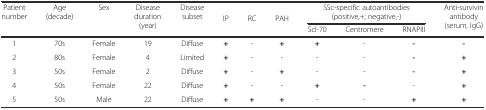
| <ROWSPAN=2> Patient number | <ROWSPAN=2> Age (decade) | <ROWSPAN=2> Sex | <ROWSPAN=2> Disease duration (year) | <ROWSPAN=2> Disease subset | <ROWSPAN=2> IP | <ROWSPAN=2> RC | <ROWSPAN=2> PAH | <COLSPAN=3> SSc-specific autoantibodies (positive,+; negative,-) | <ROWSPAN=2> Anti-survivin antibody (serum, IgG) |
 | Scl-70 | Centromere | RNAPIII |
 | --- | --- | --- | --- | --- | --- | --- | --- | --- | --- | --- | --- |
 | 1 | 70s | Female | 19 | Diffuse | + | - | + | + | - | - | - |
 | 2 | 80s | Female | 4 | Limited | + | - | - | - | - | - | + |
 | 3 | 50s | Female | 2 | Diffuse | + | - | + | - | - | - | + |
 | 4 | 50s | Female | 22 | Diffuse | + | - | - | + | - | - | + |
 | 5 | 50s | Male | 22 | Diffuse | + | + | + | - | - | + | + |